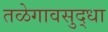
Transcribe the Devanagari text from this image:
तळेगावसुद्धा